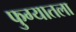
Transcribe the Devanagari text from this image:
फुग्यातला